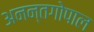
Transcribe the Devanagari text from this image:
अनन्तगोपाल